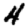
Digit: 4